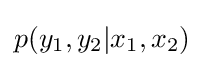
p(y_{1},y_{2}|x_{1},x_{2})